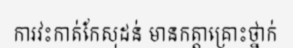
ការវះកាត់កែសុដន់ មានកត្តាគ្រោះថ្នាក់